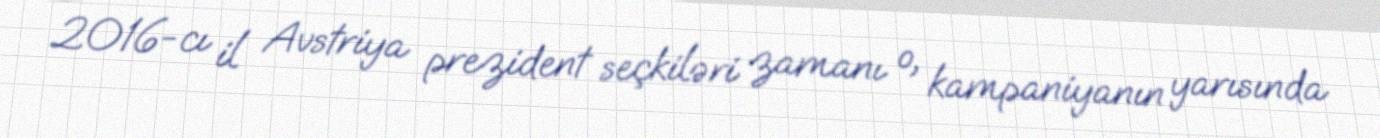
2016-cı il Avstriya prezident seçkiləri zamanı o, kampaniyanın yarısında